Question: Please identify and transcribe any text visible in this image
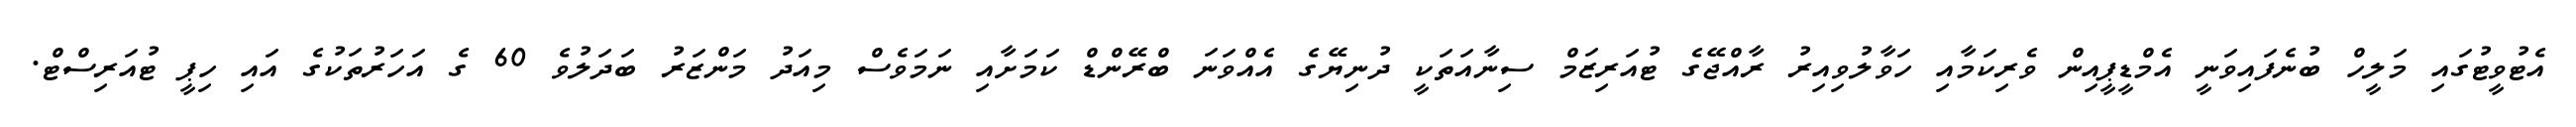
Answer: އެޓުވީޓުގައި މަލީހް ބުނެފައިވަނީ އެމްޑީޕީއިން ވެރިކަމާއި ހަވާލުވިއިރު ރާއްޖޭގެ ޓުއަރިޒަމް ސިނާއަތަކީ ދުނިޔޭގެ އެއްވަނަ ބްރޭންޑް ކަމަށާއި ނަމަވެސް މިއަދު މަންޒަރު ބަދަލުވެ 60 ގެ އަހަރުތަކުގެ އައި ހިޕީ ޓުއަރިސްޓް.